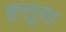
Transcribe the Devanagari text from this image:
हत्तूसा